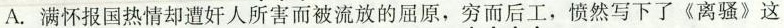
A.满怀报国热情却遭奸人所害而被流放的屈原，穷而后工，愤然写下了《离骚》这